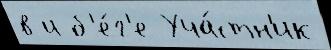
в и б'е́г'е Уча́стн'ик